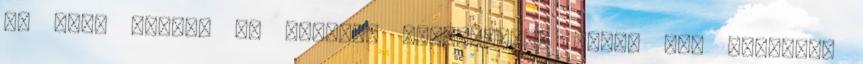
de mint tudjuk az igazság szubjektív. Nincs itt forgalmi